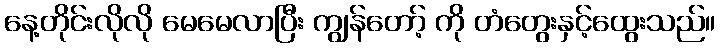
နေ့တိုင်းလိုလို မေမေလာပြီး ကျွန်တော့် ကို တံတွေးနှင့်ထွေးသည်။